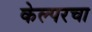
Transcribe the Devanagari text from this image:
केल्परचा